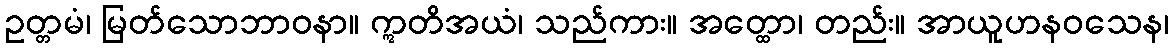
ဥတ္တမံ၊ မြတ်သောဘာဝနာ။ ဣတိအယံ၊ သည်ကား။ အတ္ထော၊ တည်း။ အာယူဟနဝသေန၊